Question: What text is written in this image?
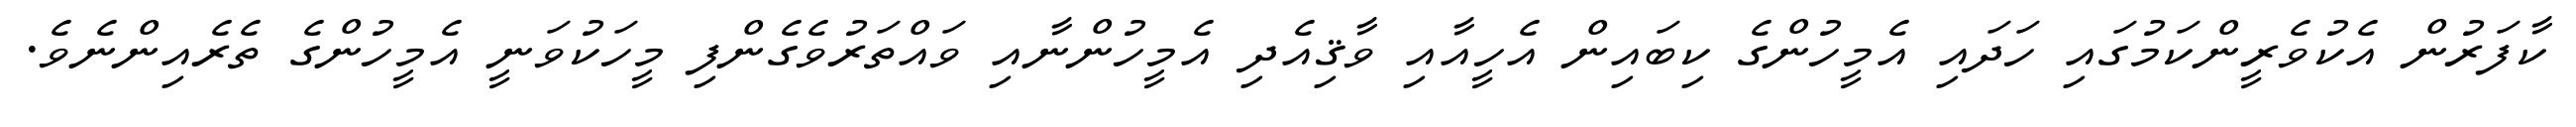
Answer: ކާފަރުން އެކުވެރީންކަމުގައި ހަދައި އެމީހުންގެ ކިބައިން އެހީއާއި ވާޤިއެދި އެމީހުންނާއި ވައްތަރުވެގެންފި މީހަކުވަނީ އެމީހުންގެ ތެރެއިންނެވެ.